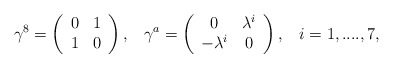
\begin{align*}\gamma^{8}=\left(\begin{array}{cc}0 & 1\\ 1 & 0 \end{array}\right),\;\;\;\gamma^{a}=\left(\begin{array}{cc}0 & \lambda^{i}\\ -\lambda^{i} & 0 \end{array}\right),\;\;\;i=1,....,7,\end{align*}